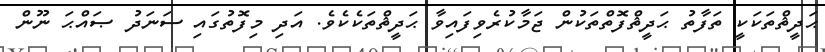
ޙަދީޘްތަކަކީ ތަފާތު ޙަދީޘްފޮތްތަކުން ޖަމާކުރެވިފައިވާ ޙަދީޘްތަކެކެވެ. އަދި މިފޮތުގައި ސަނަދު ޞައްޙަ ނޫން